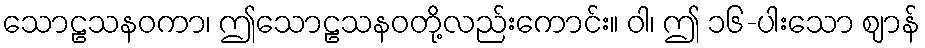
သောဠသနဝကာ၊ ဤသောဠသနဝတို့လည်းကောင်း။ ဝါ၊ ဤ ၁၆-ပါးသော ဈာန်